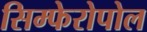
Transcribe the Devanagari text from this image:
सिम्फेरोपोल